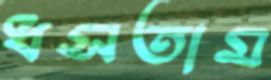
ধসতাম